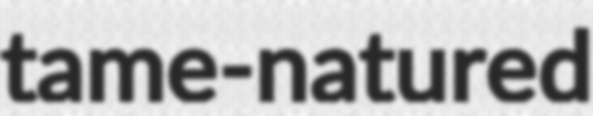
tame-natured